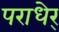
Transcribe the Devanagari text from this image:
पराधेर्